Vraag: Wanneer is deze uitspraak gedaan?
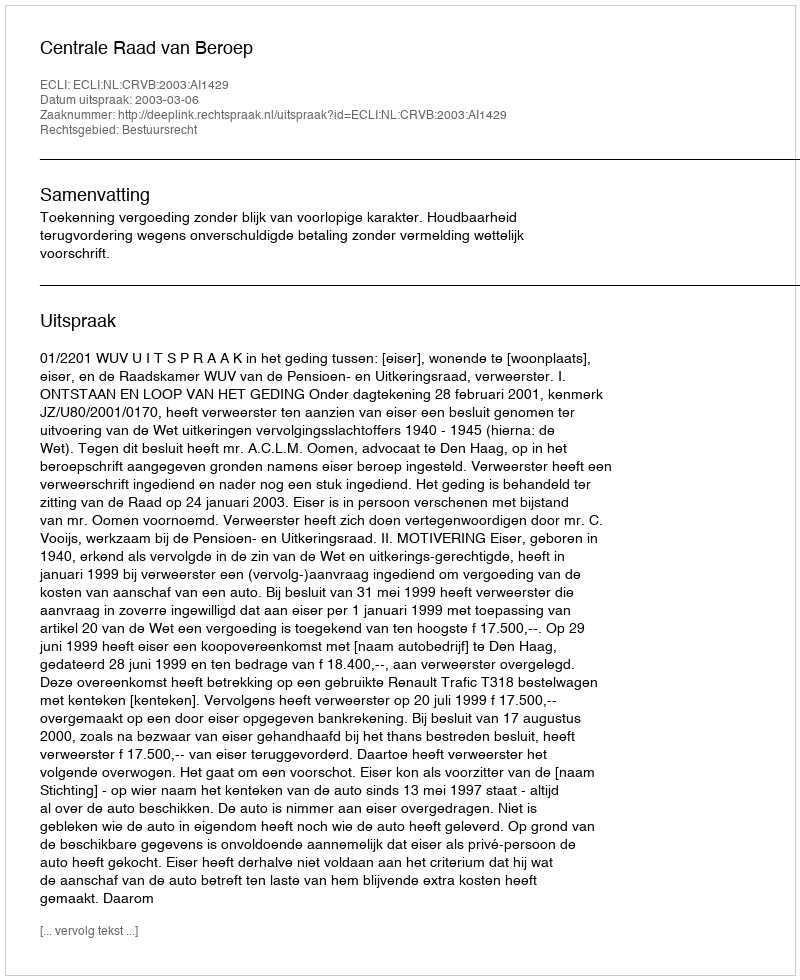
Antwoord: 2003-03-06